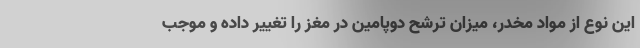
این نوع از مواد مخدر، میزان ترشح دوپامین در مغز را تغییر داده و موجب